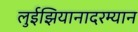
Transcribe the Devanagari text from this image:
लुईझियानादरम्यान